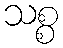
သစ္စ